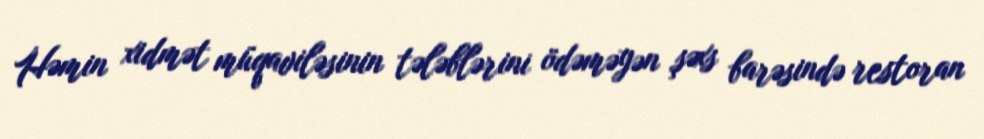
Həmin xidmət müqaviləsinin tələblərini ödəməyən şəxs barəsində restoran